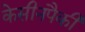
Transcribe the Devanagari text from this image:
केसीनपैकी